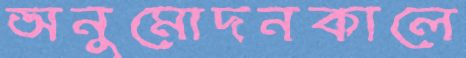
অনুমোদনকালে